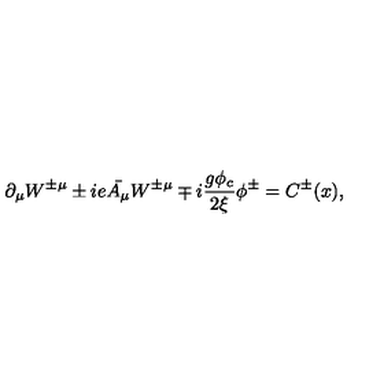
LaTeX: \partial _ { \mu } W ^ { \pm \mu } \pm i e \bar { A _ { \mu } } W ^ { \pm \mu } \mp i \frac { g \phi _ { c } } { 2 \xi } \phi ^ { \pm } = C ^ { \pm } ( x ) ,